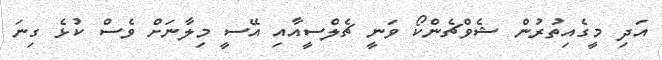
އަދި މީގެއިތުރުން ޝެވްޗެންކޯ ވަނީ ޗެލްސީއާއި އޭސީ މިލާނަށް ވެސް ކުޅެ ގިނަ